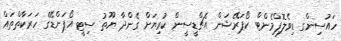
ހައުސިންގ ޑިވެލޮޕްމެންޓް ކޯޕަރޭޝަން އެޗްޑީސީން ކުރިޔަށް ގެންދާ ޔޫތު ސިޓީ އޯޕަންޑޭގެ ހަރަކާތްތައް